Insane asylums in Bengal annual reports 1876-1887 - 1876-1887
Year: 1876
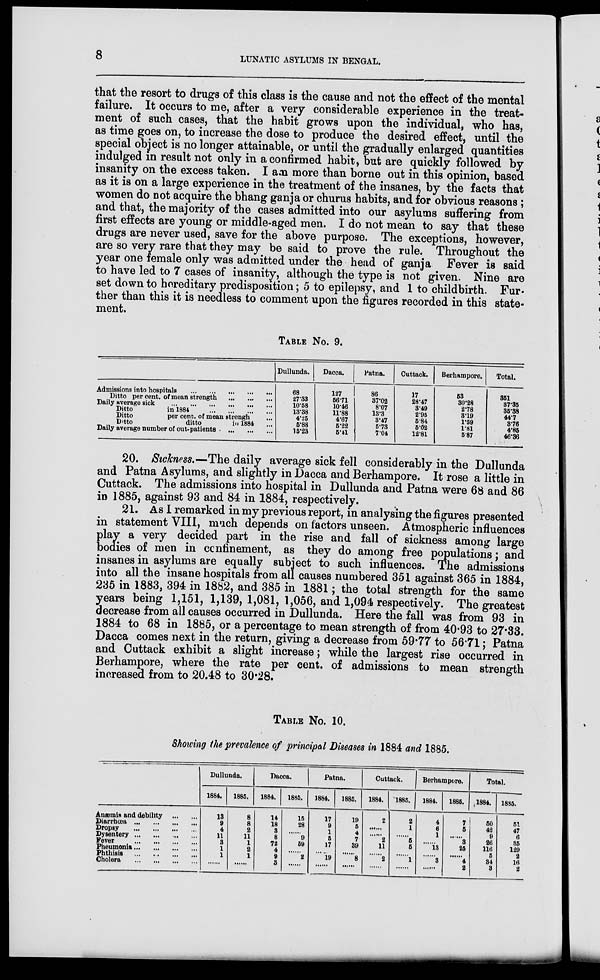
8
LUNATIC ASYLUMS IN BENGAL.
that the resort to drugs of this class is the cause and not the effect of the mental
failure. It occurs to me, after a very considerable experience in the treat-
ment of such cases, that the habit grows upon the individual, who has,
as time goes on, to increase the dose to produce the desired effect, until the
special object is no longer attainable, or until the gradually enlarged quantities
indulged in result not only in a confirmed habit, but are quickly followed by
insanity on the excess taken. I am more than borne out in this opinion, based
as it is on a large experience in the treatment of the insanes, by the facts that
women do not acquire the bhang ganja or churus habits, and for obvious reasons;
and that, the majority of the cases admitted into our asylums suffering from
first effects are young or middle-aged men. I do not mean to say that these
drugs are never used, save for the above purpose. The exceptions, however,
are so very rare that they may be said to prove the rule. Throughout the
year one female only was admitted under the head of ganja Fever is said
to have led to 7 cases of insanity, although the type is not given. Nine are
set down to hereditary predisposition; 5 to epilepsy, and 1 to childbirth. Fur-
ther than this it is needless to comment upon the figures recorded in this state-
ment.
TABLE No. 9.
Admissions into hospitals
...
...
...
...
...
Ditto per cent. of mean strength
...
...
...
Daily average sick
...
...
...
...
...
...
Ditto
in 1884
...
...
...
...
Ditto
per cent. of mean strengh ...
Ditto
ditto
in 1884 ...
Daily average number of out-patients
...
...
...
Dullunda.
68
27.33
10.58
13.38
4.25
5.88
15.23
Dacca.
127
56.71
10.46
11.88
4.67
5.22
5.41
Patna.
86
37.02
8.07
13.3
3.47
5.73
7.04
Cuttack.
17
28.47
3.49
2.95
5.84
5.02
12.81
Berhampore.
53
30.28
2.78
3.19
1.59
1.81
5.87
Total.
351
37.35
35.38
44.7
3.76
4.85
46.36
20. Sickness.—The daily average sick fell considerably in the Dullunda
and Patna Asylums, and slightly in Dacca and Berhampore. It rose a little in
Cuttack, The admissions into hospital in Dullunda and Patna were 68 and 86
in 1885, against 93 and 84 in 1884, respectively.
21. As I remarked in my previous report, in analysing the figures presented
in statement VIII, much depends on factors unseen. Atmospheric influences
play a very decided part in the rise and fall of sickness among large
bodies of men in confinement, as they do among free populations; and
insanes in asylums are equally subject to such influences. The admissions
into all the insane hospitals from all causes numbered 351 against 365 in 1884,
235 in 1883, 394 in 1882, and 385 in 1881; the total strength for the same
years being 1,151, 1,139, 1,081, 1,056, and 1,094 respectively. The greatest
decrease from all causes occurred in Dullunda. Here the fall was from 93 in
1884 to 68 in 1885, or a percentage to mean strength of from 40.93 to 27.33.
Dacca comes next in the return, giving a decrease from 59.77 to 56.71; Patna
and Cuttack exhibit a slight increase; while the largest rise occurred in
Berhampore, where the rate per cent. of admissions to mean strength
increased from to 20.48 to 30.28.
TABLE No. 10.
Showing the prevalence of principal Diseases in 1884 and 1885.
Anæmia and debility
...
...
Diarrhœa ... ... ... ...
Dropsy
...
...
...
...
Dysentery
...
...
...
...
Fever
...
...
...
...
Pneumonia
...
...
...
...
Phthisis
... ... ... ...
Cholera
...
...
...
....
Dullunda.
1884.
13
9
4
11
3
1
1
......
1885.
8
8
2
11
1
2
1
......
Dacca.
1884.
14
18
3
8
72
4
9
3
1885.
15
28
......
9
59
......
2
......
Patna.
1884.
17
9
1
5
17
......
19
......
1885.
19
5
4
7
39
......
8
......
Cuttack.
1884.
2
......
......
2
11
......
2
......
1885.
2
1
......
5
5
......
1
......
Berhampore.
1884.
4
5
1
......
13
.....
3
......
1885.
7
5
......
3
25
......
4
2
Total.
1884.
50
42
9
26
116
5
34
3
1885.
51
47
6
35
129
2
16
2